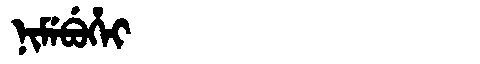
Manchu: ᠨᡳᠮᡝᠪᡠᡥᡝᡳ
Romanization: NIMEBUHEI